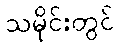
သမိုင်းတွင်